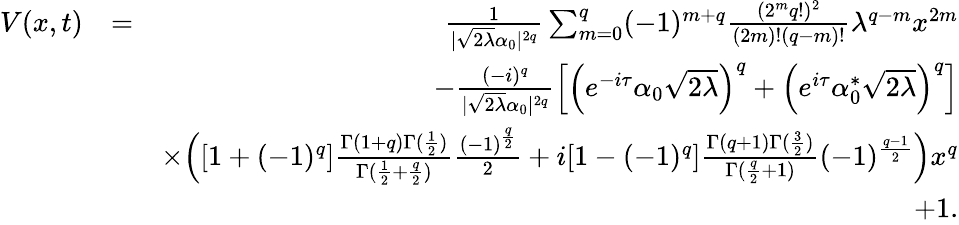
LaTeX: \begin{array}{rlr}{V(x,t)}&{=}&{\frac{1}{|\sqrt{2\lambda}\alpha_{0}|^{2q}}\sum_{m=0}^{q}(-1)^{m+q}\frac{(2^{m}q!)^{2}}{(2m)!(q-m)!}\lambda^{q-m}x^{2m}}\\ &{}&{-\frac{(-i)^{q}}{|\sqrt{2\lambda}\alpha_{0}|^{2q}}\Big[\Big(e^{-i\tau}\alpha_{0}\sqrt{2\lambda}\Big)^{q}+\Big(e^{i\tau}\alpha_{0}^{*}\sqrt{2\lambda}\Big)^{q}\Big]}\\ &{}&{\times\Big([1+(-1)^{q}]\frac{\Gamma(1+q)\Gamma(\frac{1}{2})}{\Gamma(\frac{1}{2}+\frac{q}{2})}\frac{(-1)^{\frac{q}{2}}}{2}+i[1-(-1)^{q}]\frac{\Gamma(q+1)\Gamma(\frac{3}{2})}{\Gamma(\frac{q}{2}+1)}(-1)^{\frac{q-1}{2}}\Big)x^{q}}\\ &{}&{+1.}\end{array}